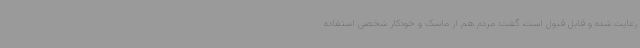
رعایت شده و قابل قبول است، گفت: مردم هم از ماسک و خودکار شخصی استفاده